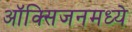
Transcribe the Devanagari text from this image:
ऑक्सिजनमध्ये